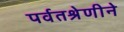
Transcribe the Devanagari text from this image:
पर्वतश्रेणीने